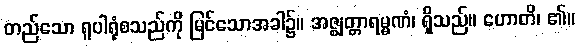
တည်သော ရူပါရုံစသည်ကို မြင်သောအခါ၌။ အဇ္ဈတ္တာရမ္မဏံ၊ ရှိသည်။ ဟောတိ၊ ၏။